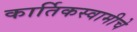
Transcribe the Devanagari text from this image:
कार्तिकस्वामीचे